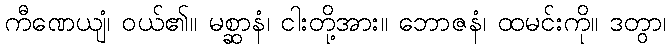
ကီဏေယျံ၊ ဝယ်၏။ မစ္ဆာနံ၊ ငါးတို့အား။ ဘောဇနံ၊ ထမင်းကို။ ဒတွာ၊